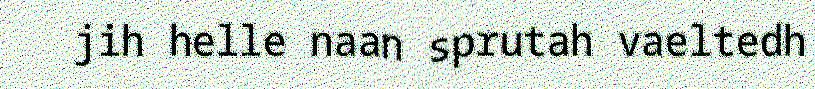
jih helle naan sprutah vaeltedh